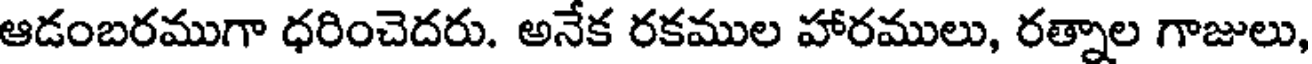
ఆడంబరముగా ధరించెదరు. అనేక రకముల హారములు, రత్నాల గాజులు,